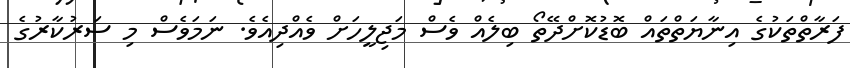
ފަރާތްތަކުގެ އިނާޔަތްތައް ބޮޑުކޮށްދޭތޯ ބިލެއް ވެސް މަޖިލީހަށް ވެއްދިއެވެ. ނަމަވެސް މި ސަރުކާރުގެ